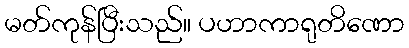
မတ်ကုန်ပြီးသည်။ ပဟာကာရုတိဏော